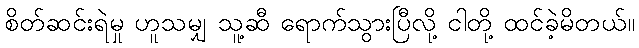
စိတ်ဆင်းရဲမှု ဟူသမျှ သူ့ဆီ ရောက်သွားပြီလို့ ငါတို့ ထင်ခဲ့မိတယ်။